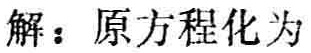
解：原方程化为